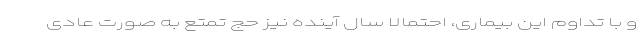
و با تداوم این بیماری، احتمالا سال آینده نیز حج تمتع به صورت عادی